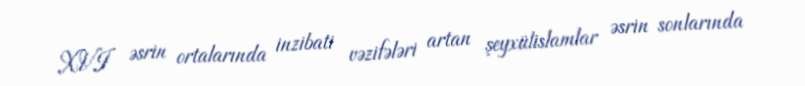
XVI əsrin ortalarında inzibati vəzifələri artan şeyxülislamlar əsrin sonlarında